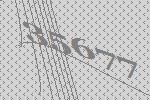
35677